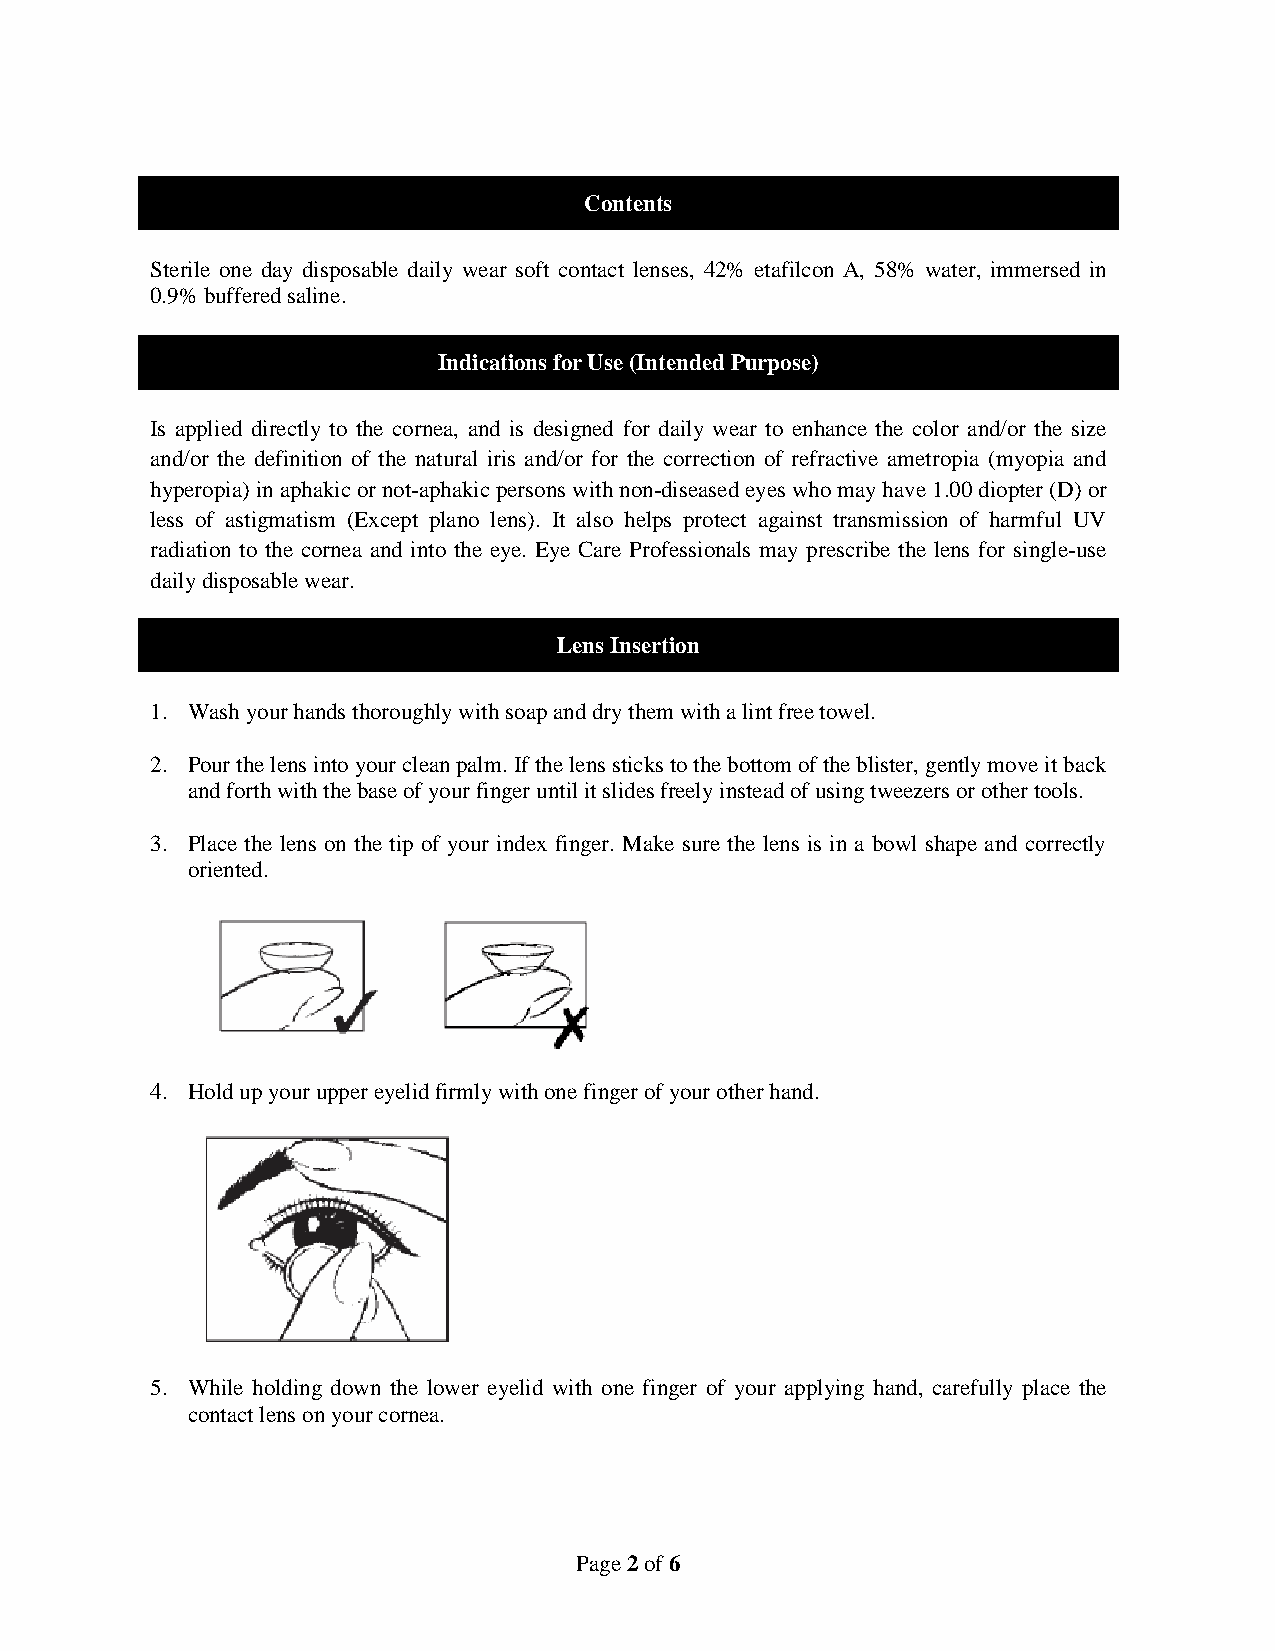
Contents
 Sterile one day disposable daily wear soft contact lenses, 42% etafilcon A, 58% water, immersed in
 0.9% buffered saline.
 Indications for Use (Intended Purpose)
 Is applied directly to the cornea, and is designed for daily wear to enhance the color and/or the size
 and/or the definition of the natural iris and/or for the correction of refractive ametropia (myopia and
 hyperopia) in aphakic or not-aphakic persons with non-diseased eyes who may have 1.00 diopter (D) or
 less of astigmatism (Except plano lens). It also helps protect against transmission of harmful UV
 radiation to the cornea and into the eye. Eye Care Professionals may prescribe the lens for single-use
 daily disposable wear.
 Lens Insertion
 1. Wash your hands thoroughly with soap and dry them with a lint free towel.
 2. Pour the lens into your clean palm. If the lens sticks to the bottom of the blister, gently move it back
 and forth with the base of your finger until it slides freely instead of using tweezers or other tools.
 3. Place the lens on the tip of your index finger. Make sure the lens is in a bowl shape and correctly
 oriented.
 4. Hold up your upper eyelid firmly with one finger of your other hand.
 5. While holding down the lower eyelid with one finger of your applying hand, carefully place the
 contact lens on your cornea.
 Page 2 of 6